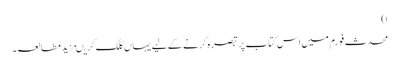
ا)
محدث فورم میں اس کتاب پر تبصرہ کرنے کے لیے یہاں کلک کریںمزید مطالعہ۔